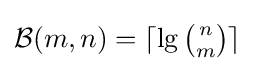
\textstyle {\mathcal {B}}(m,n)=\lceil \lg {\binom {n}{m}}\rceil